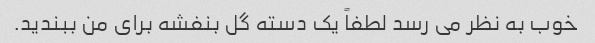
خوب به نظر می رسد لطفاً یک دسته گل بنفشه برای من ببندید.